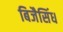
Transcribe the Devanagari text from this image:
बिजैसिंध